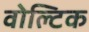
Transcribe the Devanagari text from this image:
वोल्टिक